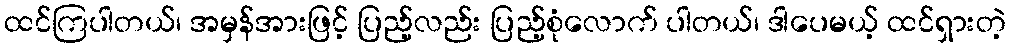
ထင်ကြပါတယ်၊ အမှန်အားဖြင့် ပြည့်လည်း ပြည့်စုံလောက် ပါတယ်၊ ဒါပေမယ့် ထင်ရှားတဲ့